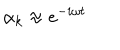
LaTeX: \alpha _ { k } \approx e ^ { - i \omega t }